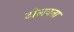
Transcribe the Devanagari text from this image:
टोलवता